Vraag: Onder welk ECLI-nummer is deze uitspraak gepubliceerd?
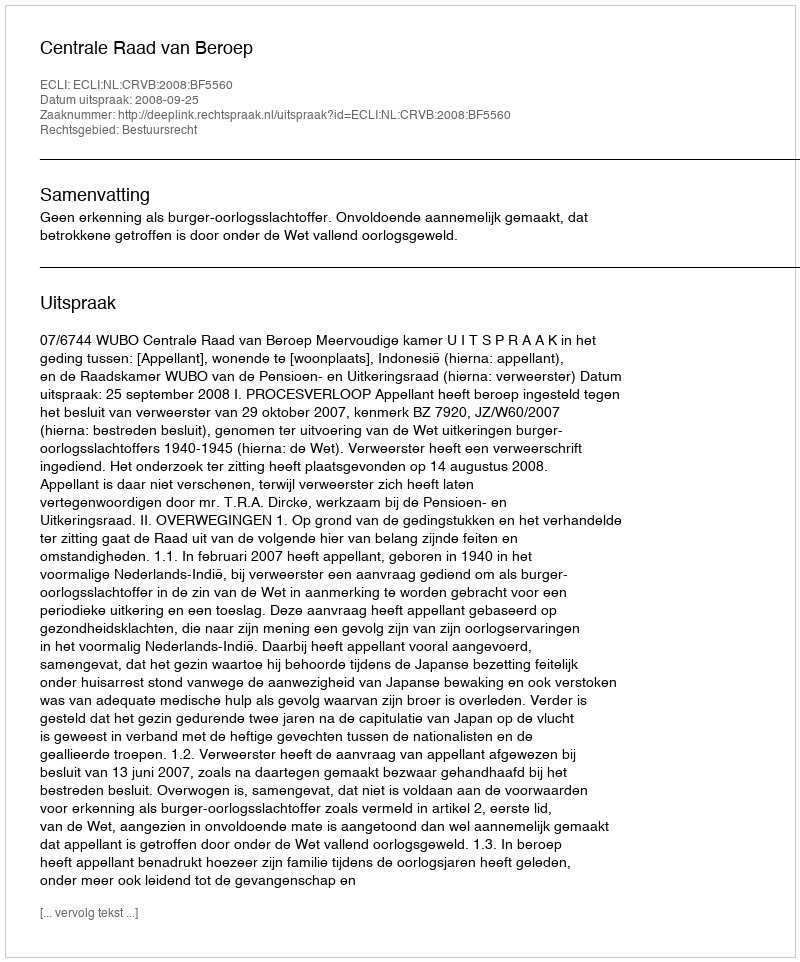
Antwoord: ECLI:NL:CRVB:2008:BF5560